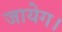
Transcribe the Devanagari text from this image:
जायेग।